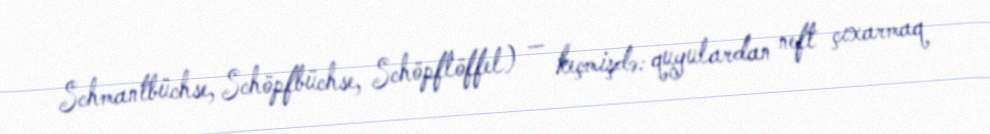
Schmantbüchse, Schöpfbüchse, Schöpflöffel) — keçmişdə: quyulardan neft çıxarmaq